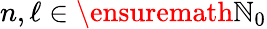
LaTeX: n,\ell\in\ensuremath{\mathbb{N}}_{0}